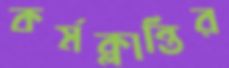
কর্মক্লান্তির